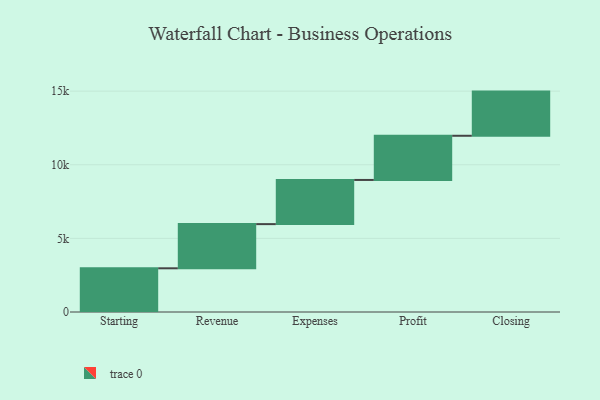
{"axis": {"x": "Step", "y": "Value"}, "legend": [""], "data": [{"x": "Starting", "y": 2968.0, "type": ""}, {"x": "Revenue", "y": 3000, "type": ""}, {"x": "Expenses", "y": 3000, "type": ""}, {"x": "Profit", "y": 3000, "type": ""}, {"x": "Closing", "y": 3000, "type": ""}]}